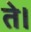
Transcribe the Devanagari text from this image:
ते।